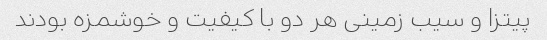
پیتزا و سیب زمینی هر دو با کیفیت و خوشمزه بودند